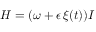
H = ( \omega + \epsilon \, \xi ( t ) ) I